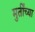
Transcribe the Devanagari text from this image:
मुर्तींच्या